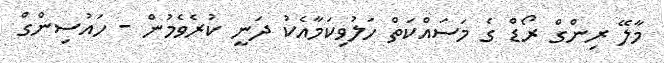
މާލޭ ރިންގް ރޯޑް ގެ މަސައްކަތް ހަލުވިކަމާއެކު ދަނީ ކުރެވެމުން - ހައުސިންގް